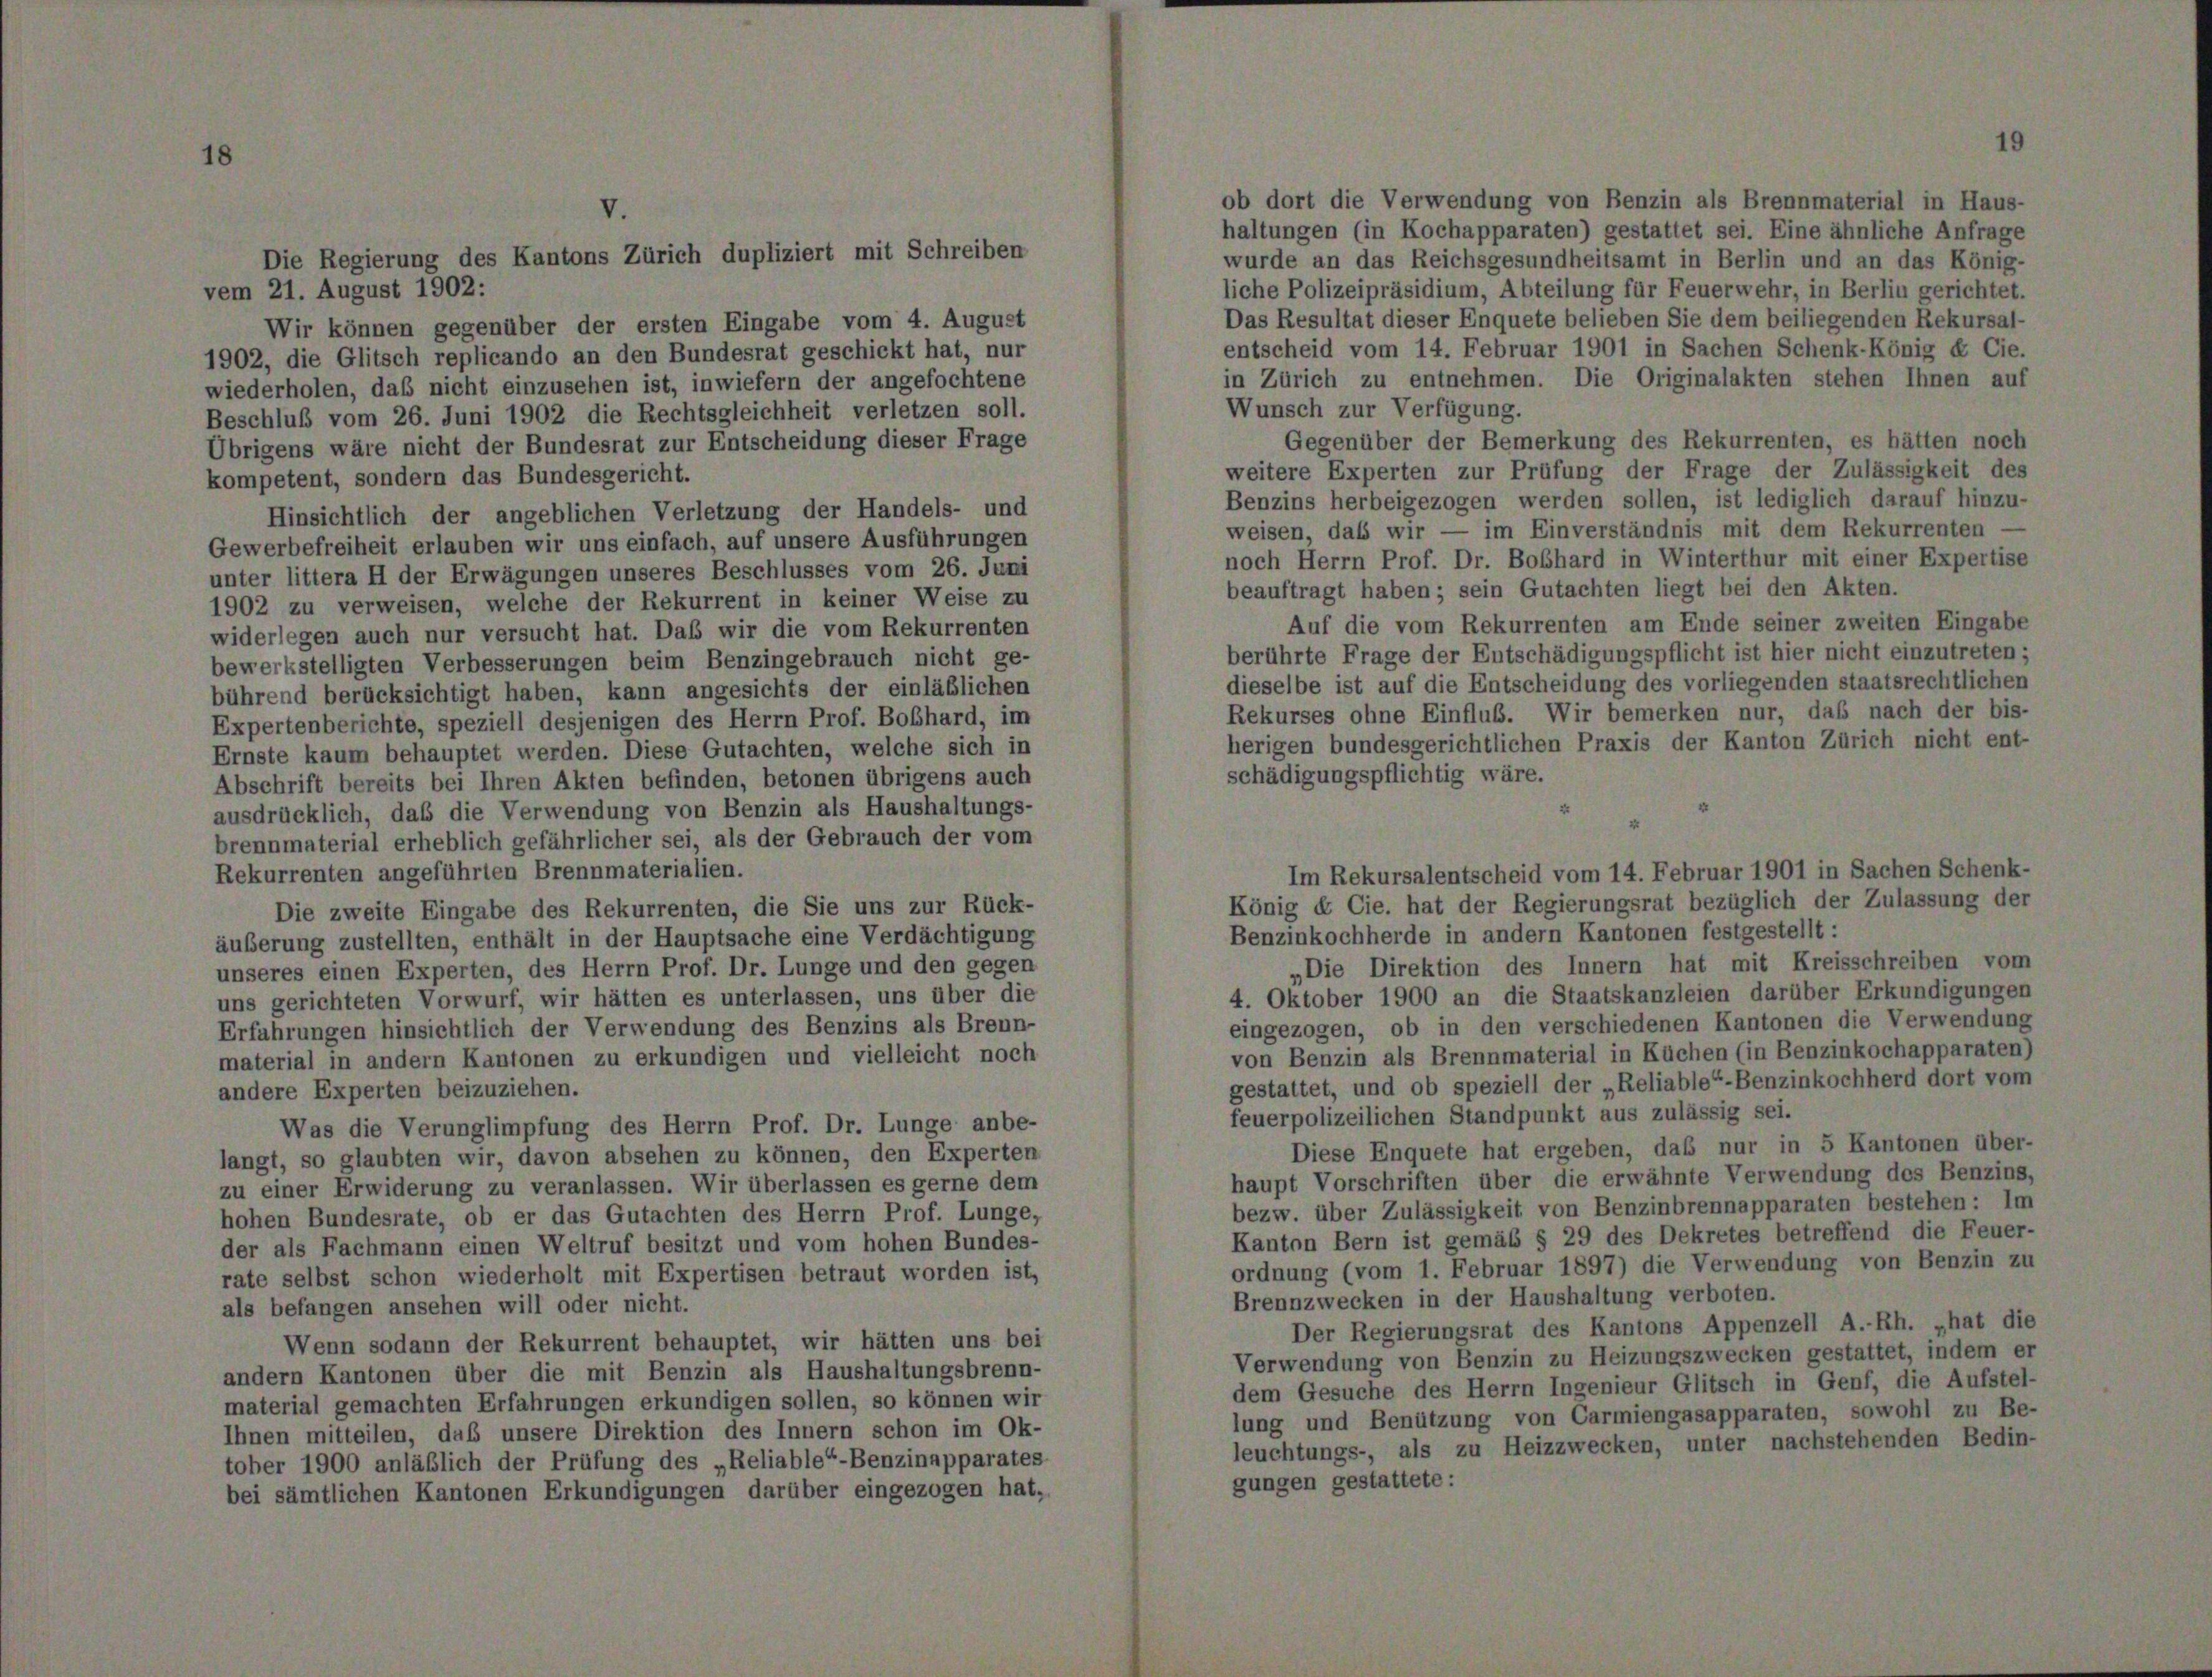
1902, die Glitsch replicando an den Bundesrat geschickt hat, nur
wiederholen, daß nicht einzusehen ist, inwiefern der angefochtene
Beschluß vom 26. Juni 1902 die Rechtsgleichheit verletzen soll.
Übrigens wäre nicht der Bundesrat zur Entscheidung dieser Frage
kompetent, sondern das Bundesgericht.
Hinsichtlich der angeblichen Verletzung der Handels- und
Gewerbefreiheit erlauben wir uns einfach, auf unsere Ausführungen
unter littera H der Erwägungen unseres Beschlusses vom 26. Juni
1902 zu verweisen, welche der Rekurrent in keiner Weise zu
widerlegen auch nur versucht hat. Das wir die vom Rekurrenten
bewerkstelligten Verbesserungen beim Benzingebrauch nicht ge-
bührend berücksichtigt haben, kann angesichts der einläßlichen
Expertenberichte, speziell desjenigen des Herrn Prof. Boßhard, im
Ernste kaum behauptet werden. Diese Gutachten, welche sich in
Abschrift bereits bei Ihren Akten befinden, betonen übrigens auch
ausdrücklich, daß die Verwendung von Benzin als Haushaltungs-
brennmaterial erheblich gefährlicher sei, als der Gebrauch der vom
Rekurrenten angeführten Brennmaterialien.
Die zweite Eingabe des Rekurrenten, die Sie uns zur Rück-
äußerung zustellten, enthält in der Hauptsache eine Verdächtigung
unseres einen Experten, des Herrn Prof. Dr. Lunge und den gegen
uns gerichteten Vorwurf, wir hätten es unterlassen, uns über die
Erfahrungen hinsichtlich der Verwendung des Benzins als Brenn-
material in andern Kantonen zu erkundigen und vielleicht noch
andere Experten beizuziehen.
Was die Verunglimpfung des Herrn Prof. Dr. Lunge anbe-
langt, so glaubten wir, davon absehen zu können, den Experten
zu einer Erwiderung zu veranlassen. Wir überlassen es gerne dem
hohen Bundesrate, ob er das Gutachten des Herrn Prof. Lunge,
der als Fachmann einen Weltruf besitzt und vom hohen Bundes-
rate selbst schon wiederholt mit Expertisen betraut worden ist,
als befangen ansehen will oder nicht.
Wenn sodann der Rekurrent behauptet, wir hätten uns bei
andern Kantonen über die mit Benzin als Haushaltungsbrenn-
material gemachten Erfahrungen erkundigen sollen, so können wir
Ihnen mitteilen, daß unsere Direktion des Innern schon im Ok-
tober 1900 anläßlich der Prüfung des „Reliable“-Benzinapparates
bei sämtlichen Kantonen Erkundigungen darüber eingezogen hat.

4. Augu

wurde an das Reichsgesundheitsamt in Be
liche Polizeipräsidium, Abteilung für Feuerw
Das Resultat dieser Enquete belieben Sie den
entscheid vom 14. Februar 1901 in Sache
in Zürich zu entnehmen. Die Originala
Wunsch zur Verfügung.
Gegenüber der Bemerkung des Rekur
weitere Experten zur Prüfung der Frage
Benzins herbeigezogen werden sollen, ist
weisen, daß wir — im Einverständnis mi
noch Herrn Prof. Dr. Boßhard in Winterth
beauftragt haben; sein Gutachten liegt be
Auf die vom Rekurrenten am Ende
berührte Frage der Entschädigungspflicht is
dieselbe ist auf die Entscheidung des vorlieg
Rekurses ohne Einfluß. Wir bemerken n
herigen bundesgerichtlichen Praxis der Ki
schädigungspflichtig wäre.

e. hat der
Benzinkochherde in andern Kantonen fes

„Die Direktion des Innern hat mit
4. Oktober 1900 an die Staatskanzleien das
eingezogen, ob in den verschiedenen Kanto
von Benzin als Brennmaterial in Küchen (in
gestattet, und ob speziell der „Reliable“-Ben-
feuerpolizeilichen Standpunkt aus zulässig se
Diese Enquete hat ergeben, daß nur i
haupt Vorschriften über die erwähnte Verv
bezw. über Zulässigkeit von Benzinbrennapp
Kanton Bern ist gemäß § 29 des Dekretes
ordnung (vom 1. Februar 1897) die Verwend
Brennzwecken in der Haushaltung verboten.
Der Regierungsrat des Kantons Appen
Verwendung von Benzin zu Heizungszwecke
dem Gesuche des Herrn Ingenieur Glitsch i
lung und Benützung von Carmiengasappara
leuchtungs-, als zu Heizzwecken, unter n